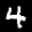
Label: 4